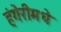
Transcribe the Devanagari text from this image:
हंगेरीमधे